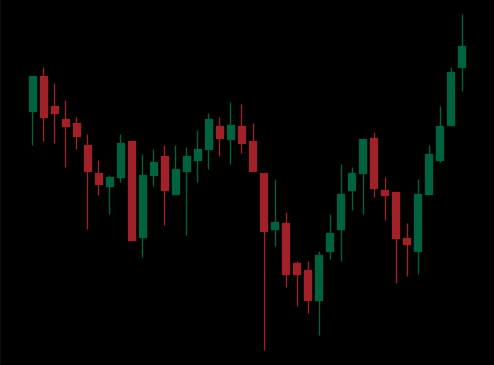
Pattern: inverse_head_shoulders